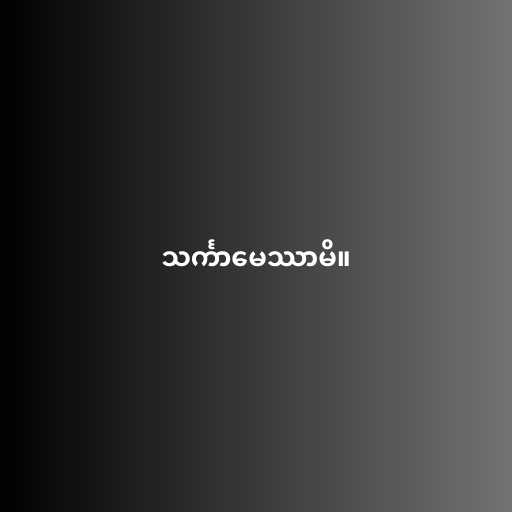
သင်္ကာမေဿာမိ။